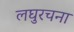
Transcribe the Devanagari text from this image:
लघुरचना